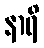
နာရိ